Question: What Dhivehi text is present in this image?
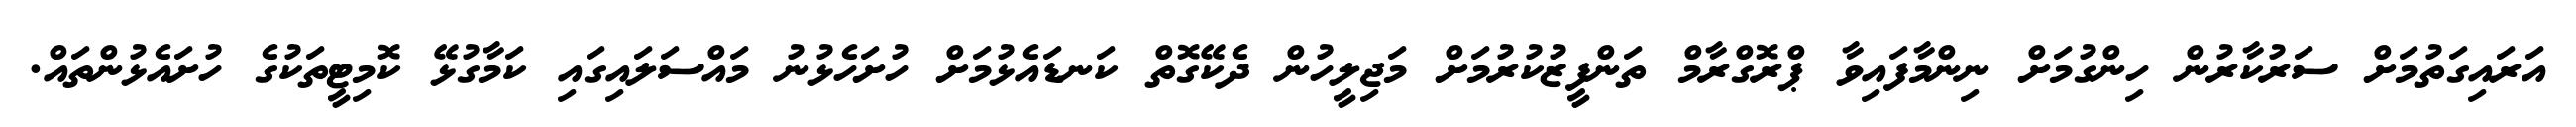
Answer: އަރައިގަތުމަށް ސަރުކާރުން ހިންގުމަށް ނިންމާފައިވާ ޕްރޮގްރާމް ތަންފީޒުކުރުމަށް މަޖިލީހުން ދެކޭގޮތް ކަނޑައެޅުމަށް ހުށަހެޅުނު މައްސަލައިގައި ކަމާގުޅޭ ކޮމިޓީތަކުގެ ހުށައެޅުންތައް.